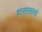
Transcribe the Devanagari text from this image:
दानपसावो